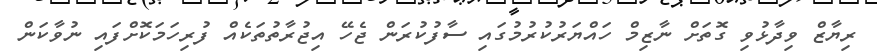
ރިޔާޒް ވިދާޅުވި ގޮތަށް ނާޒިމް ހައްޔަރުކުރުމުގައި ސާފުކުރަން ޖެހޭ އިޖުރާތުތަކެއް ފުރިހަމަކޮށްފައި ނުވާކަން